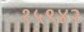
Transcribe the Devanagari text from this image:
१५९४२